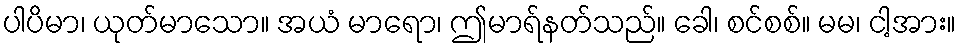
ပါပိမာ၊ ယုတ်မာသော။ အယံ မာရော၊ ဤမာရ်နတ်သည်။ ခေါ၊ စင်စစ်။ မမ၊ ငါ့အား။